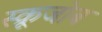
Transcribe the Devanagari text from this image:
स्क्रूजोब